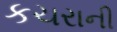
કચરાની